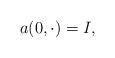
LaTeX: \begin{align*}a(0,\cdot) = I, \end{align*}